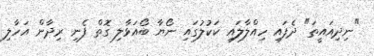
"ނިދިއައީތަ" ދެފައި ހިއްލާލައި ކަކުލުގައި ނޯޔާ ބޯއަޅާލި ގޮތް ފެނި ރިދާން އަހާލި